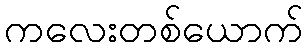
ကလေးတစ်ယောက်